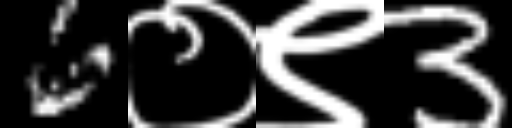
Text: 6०९3